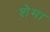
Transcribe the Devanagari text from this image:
शेमा